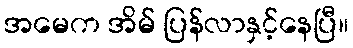
အမေက အိမ် ပြန်လာနှင့်နေပြီ။